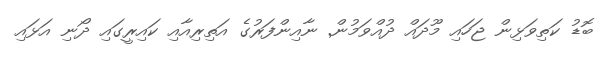
ބޮޑު ކަތިވަޅިން ޖަހައި މޫދައް ދުއްވަމުން